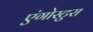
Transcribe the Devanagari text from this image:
एंगोस्टुरा